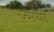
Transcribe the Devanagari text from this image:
जमीयते